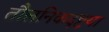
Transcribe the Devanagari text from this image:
तौलनिकदृष्टया